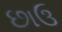
છાઉ